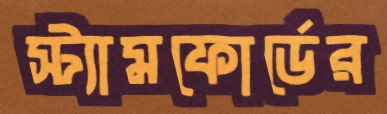
স্ট্যামফোর্ডের